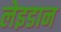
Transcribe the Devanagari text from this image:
लेइडान